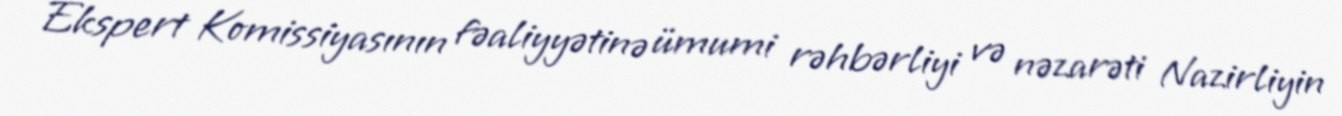
Ekspert Komissiyasının fəaliyyətinə ümumi rəhbərliyi və nəzarəti Nazirliyin